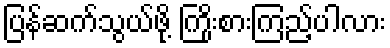
ပြန်ဆက်သွယ်ဖို့ ကြိုးစားကြည့်ပါလား